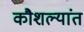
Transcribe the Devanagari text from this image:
कौशल्यांत